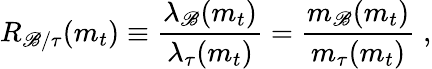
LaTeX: R_{\mathscr{B}/\tau}(m_{t})\equiv{\frac{{\lambda_{\mathscr{B}}(m_{t})}}{{\lambda_{\tau}(m_{t})}}}={\frac{{m_{\mathscr{B}}(m_{t})}}{{m_{\tau}(m_{t})}}}\; ,